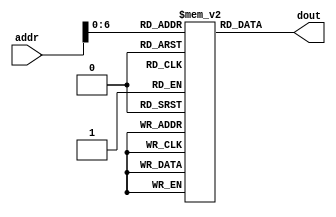
module Im_4K( addr, dout);
    input [31:0] addr;
    output  [31:0] dout;
    
    reg [31:0] imem[127:0];
  
	initial
	
	begin
	/*
	//bubble-sort 2.0
	imem[0]	=32'h00000113;//addi x2,x0,0
	imem[1] =32'h00500193;//addi x3,x0,5**********n
	imem[2]=32'h018000E7;//jalr x0,x0,24
	imem[3]=32'h00315AE3;//bge x2,x3,21
	imem[4]=32'h00000213;//addi x4,x0,0
	imem[5]=32'h00110293;//addi x5,x2,1
	imem[6]=32'h40518333;//sub x6,x3,x5
	imem[7]=32'h00624263;//blt x4,x6,4
	imem[8]=32'h00110113;//addi x2,x2,1
	imem[9]=32'h00000617;//auipc x12,0
	imem[10]=32'hFFA60067;//jalr x0,x12,-6
	imem[11]=32'h00022383;//lw x7,0(x4)
	imem[12]=32'h00122403;//lw x8,1(x4)
	imem[13]=32'h00744263;//blt x8,x7,4
	imem[14]=32'h00120213;//addi x4,x4,1
	imem[15]=32'h00000597;//auipc x11,0
	imem[16]=32'hFF858067;//jalr x0,x11,-8
	imem[17]=32'h00038493;//addi x9,x7,0
	imem[18]=32'h00040393;//addi x7,x8,0
	imem[19]=32'h00048413;//addi x8,x9,0
	imem[20]=32'h00722023;//sw x7,0(x4)
	imem[21]=32'h008220A3;//sw x8,1(x4)
	imem[22]=32'h00000517;//auipc x10,0
	imem[23]=32'hFF850067;//jalr x0,x10,-8
	imem[24]=32'h00000693;//addi x13,x0,0
	imem[25]=32'h0036D2E3;//bge x13,x3,5
	imem[26]=32'h0006A703;//lw x14,0(x13)
	imem[27]=32'h00168693;//addi x13,x13,1
	imem[28]=32'h00000797;//auipc x15,0
	imem[29]=32'hFFD78067;//jalr x0,x15,-3
	imem[30]=32'hFE3112E3;//bne x2,x3,-27
	imem[31]=32'h0;
	*/
	
	//Direct-insertion sort 2.0
	imem[0]	=32'h00100193;//addi x3,x0,1
	imem[1] =32'h00000213;//addi x4,x0,0
	imem[2]=32'h00219293;//slli x5,x3,2******************n
	imem[3]=32'h0051D863;//bge x3,x5,16
	imem[4]=32'h0001A303;//lw x6,0(x3)
	imem[5]=32'hFFF18213;//addi x4,x3,-1
	imem[6]=32'h000252E3;//bge x4,x0,5
	imem[7]=32'h006220A3;//sw x6,1(x4)
	imem[8]=32'h00118193;//addi x3,x3,1
	imem[9]=32'h00000517;//auipc x10,0
	imem[10]=32'hFFA50067;//jalr x0,x10,-6
	imem[11]=32'h00022383;//lw x7,0(x4)
	imem[12]=32'h007341E3;//blt x6,x7,3
	imem[13]=32'h00000497;//auipc x9,0
	imem[14]=32'hFFA48067;//jalr x0,x9,-6
	imem[15]=32'h007220A3;//sw x7,1(x4)
	imem[16]=32'hFFF20213;//addi,x4,x4,-1
	imem[17]=32'h00000417;//auipc x8,0
	imem[18]=32'hFF540067;//jalr x0,x8,-11
	imem[19]=32'h00002583;//lw x11,0(x0)
	imem[20]=32'h00102603;//lw x12,1(x0)
	imem[21]=32'h00202683;//lw x13,2(x0)
	imem[22]=32'h00302703;//lw x14,3(x0)
	//imem[23]=32'h00402783;//lw x15,4(x0)
	imem[23]=32'h0;
	
	
	end

assign  dout = imem[addr];
    
endmodule